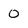
Character: 0